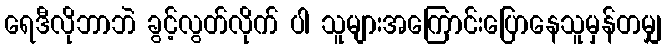
ရေဒီလိုဘာဘဲ ခွင့်လွတ်လိုက် ပါ သူများအကြောင်းပြောနေသူမှန်တမျှ